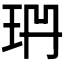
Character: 𭹅